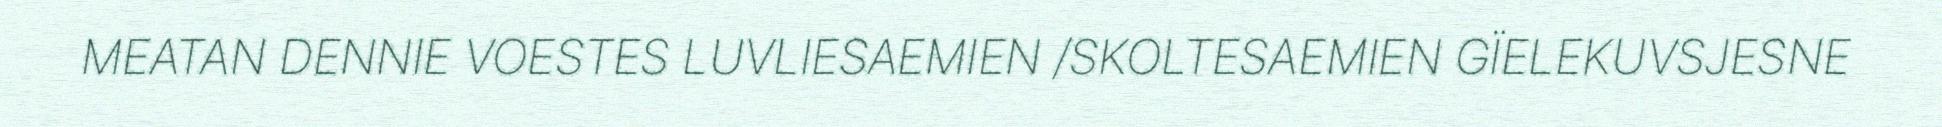
MEATAN DENNIE VOESTES LUVLIESAEMIEN /SKOLTESAEMIEN GÏELEKUVSJESNE